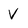
Character: v